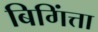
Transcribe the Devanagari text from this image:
बिगिंत्ता